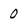
Character: 0